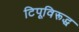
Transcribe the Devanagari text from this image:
टिपूविरूद्ध